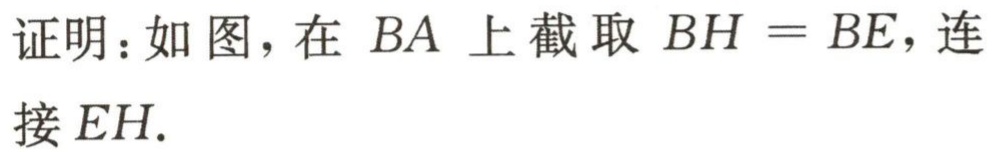
证明：如图，在 \(BA\) 上截取 \(BH = BE\)，连接 \(EH\).